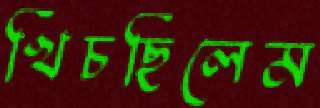
খিঁচছিলেম